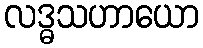
လဒ္ဓသဟာယော